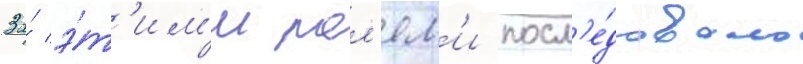
За́ э́т'им'и рол'ям'и посл'е́довало